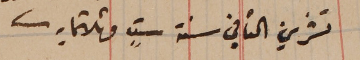
تشرين الثاني سنة ستٍ وثلاثمايه.